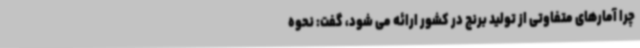
چرا آمارهای متفاوتی از تولید برنج در کشور ارائه می شود، گفت: نحوه